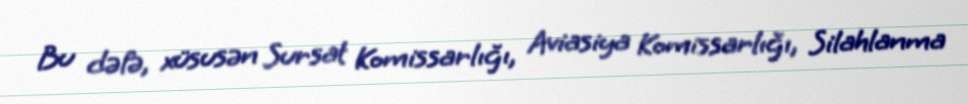
Bu dəfə, xüsusən Sursat Komissarlığı, Aviasiya Komissarlığı, Silahlanma